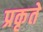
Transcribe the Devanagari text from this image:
प्रकृते